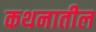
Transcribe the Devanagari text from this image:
कथनातील